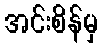
အင်းစိန်မှ